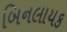
બિનલાયક